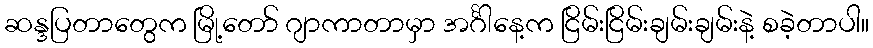
ဆန္ဒပြတာတွေက မြို့တော် ဂျာကာတာမှာ အင်္ဂါနေ့က ငြိမ်းငြိမ်းချမ်းချမ်းနဲ့ စခဲ့တာပါ။